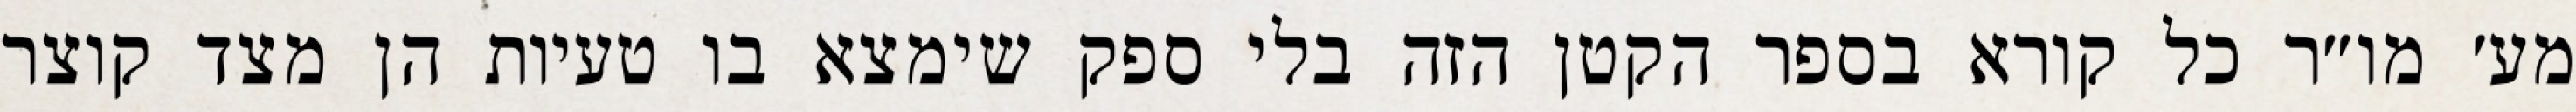
מע׳ מו״ר כל קורא בספר הקטן הזה בלי ספק שימצא בו טעיות הן מצד קוצר